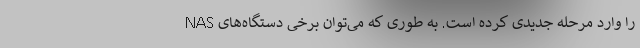
را وارد مرحله جدیدی کرده است. به طوری که می‌توان برخی دستگاه‌های NAS